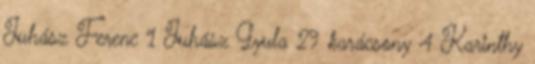
Juhász Ferenc 1 Juhász Gyula 29 karácsony 4 Karinthy